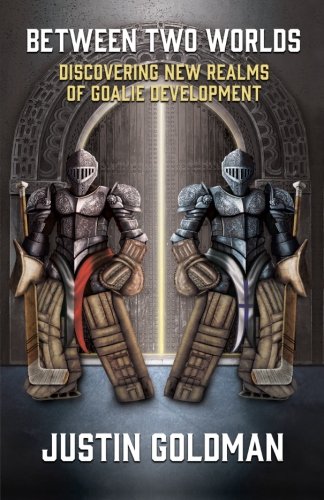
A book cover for Between Two Worlds: Discovering New Realms of Goalie Development; Justin Goldman; Sports & Outdoors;